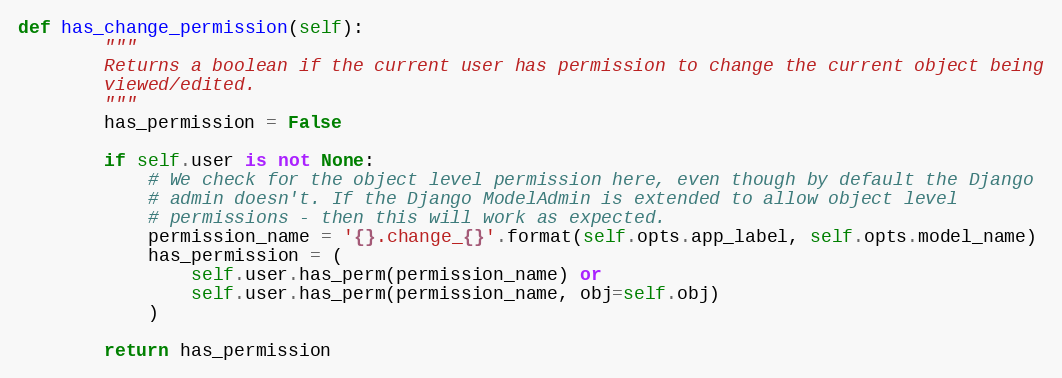
Language: Python
def has_change_permission(self):
        """
        Returns a boolean if the current user has permission to change the current object being
        viewed/edited.
        """
        has_permission = False

        if self.user is not None:
            # We check for the object level permission here, even though by default the Django
            # admin doesn't. If the Django ModelAdmin is extended to allow object level
            # permissions - then this will work as expected.
            permission_name = '{}.change_{}'.format(self.opts.app_label, self.opts.model_name)
            has_permission = (
                self.user.has_perm(permission_name) or
                self.user.has_perm(permission_name, obj=self.obj)
            )

        return has_permission